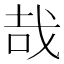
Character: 哉